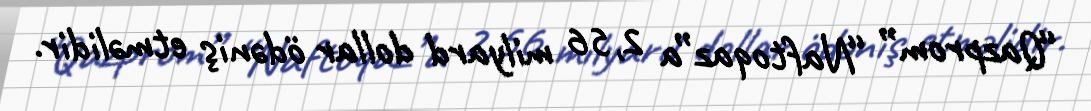
“Qazprom” “Naftoqaz”a 2,56 milyard dollar ödəniş etməlidir.